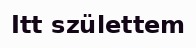
Itt születtem